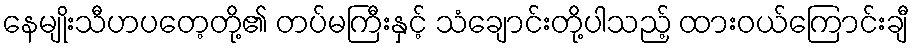
နေမျိုးသီဟပတေ့တို့၏ တပ်မကြီးနှင့် သံချောင်းတို့ပါသည့် ထားဝယ်ကြောင်းချီ